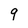
Character: 9